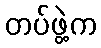
တပ်ဖွဲ့က